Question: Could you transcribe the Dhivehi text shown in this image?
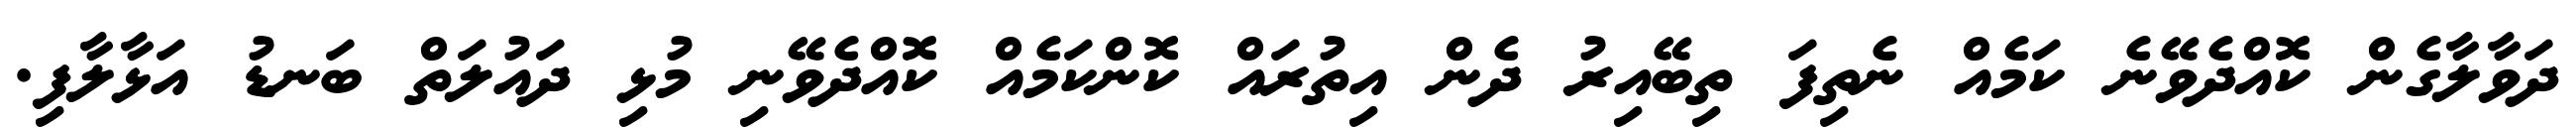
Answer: ދަވާލާގެން ކޮއްދެވޭނެ ކަމެއް ނެތިފަ ތިބޭއިރު ދެން އިތުރައް ކޮންކަމެއް ކޮއްދެވޭނި މުޅި ދައުލަތް ބަނޑު އަޅާލާފި.